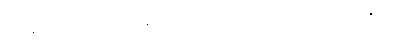
ကျီးနှင့်ခင်ပုပ်ငှက်တို့ ရန်သူဖြစ်ခဲ့ကြပုံကို ဟောသော ဥလူကဇာတက